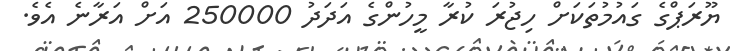
ޔޫރަޕްގެ ގައުމުތަކަށް ހިޖުރަ ކުރާ މީހުންގެ އަދަދު 250000 އަށް އަރާނެ އެވެ.